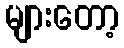
များတော့